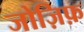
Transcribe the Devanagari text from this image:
जोज़िफ़